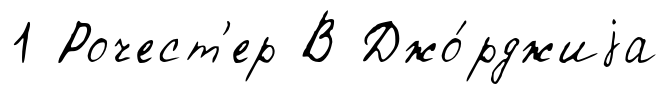
1 Рочест'ер В Джо́рджиjа